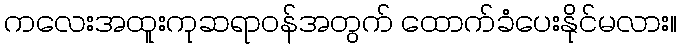
ကလေးအထူးကုဆရာဝန်အတွက် ထောက်ခံပေးနိုင်မလား။